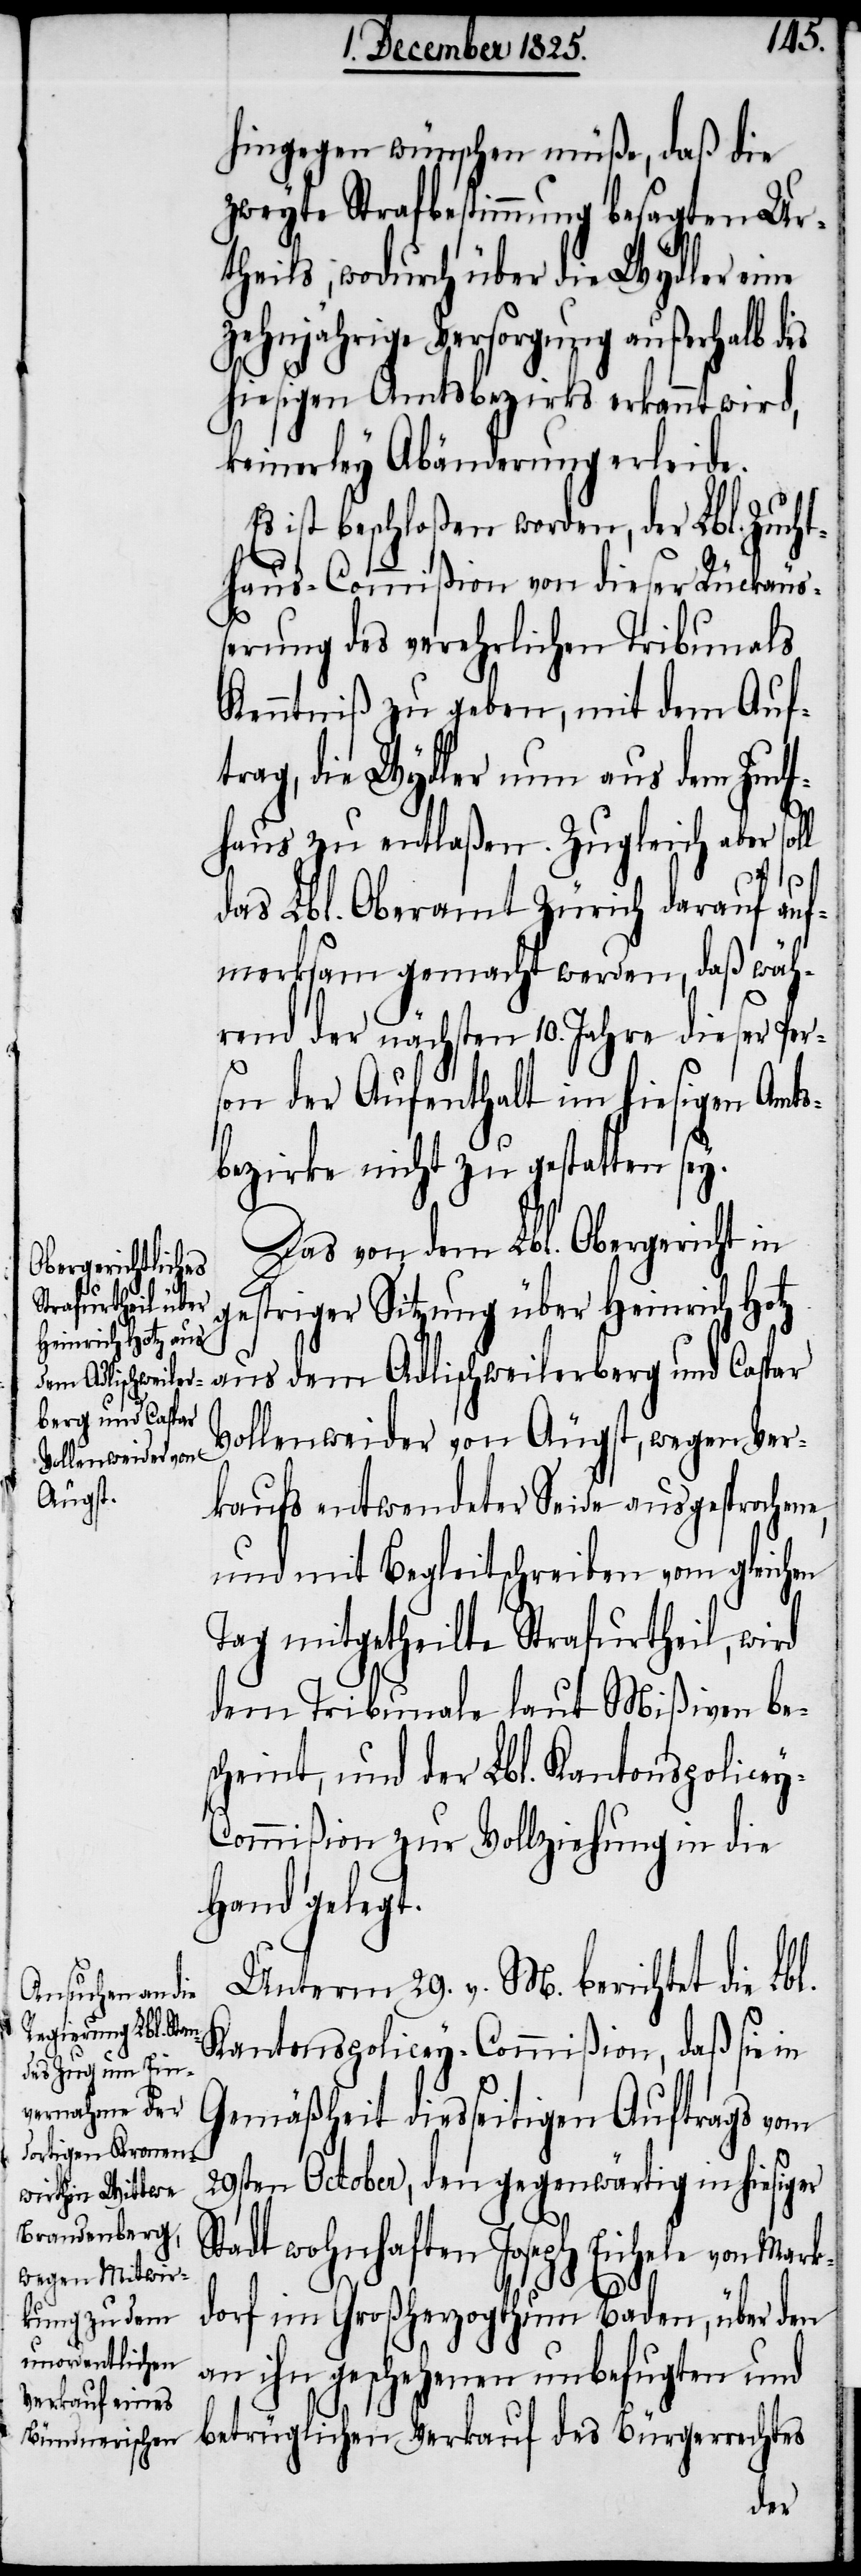
hingegen wünschen müße, daß die
zweyte Strafbestimmung besagten Ur¬
theils, wodurch über die Wydler eine
zehnjährige Versorgung außerhalb des
hiesigen Amtsbezirks erkannt wird,
keinerley Abänderung erleide.
Es ist beschloßen worden, der Lbl. Zucht¬
haus-Commißion von dieser Rückäu¬
ßerung des verehrlichen Tribunals
Kenntniß zu geben, mit dem Auf¬
trag, die Wydler nun aus dem Zucht¬
haus zu entlaßen. Zugleich aber sol¬
e,
das Lbl. Oberamt Zürich darauf auf¬
merksam gemacht werden, daß wäh¬
rend der nächsten 10. Jahre dieser Per¬
son der Aufenthalt im hiesigen Amts¬
bezirke nicht zu gestatten sey.
Das von dem Lbl. Obergerichte in
gestriger Sitzung über Heinrich Hotz
aus dem Adlischweilerberg und Caspar
Vollenweider von Äugst, wegen Ver¬
kaufs entwendeter Seide ausgesprochen¬
und mit Begleitschreiben vom gleichen
Tag mitgetheilte Strafurtheil, wird
dem Tribunale laut Mißiven be¬
scheint, und der Lbl. Kantonspolicey-C¬
ommißion zur Vollziehung in die
Hand gelegt.
Unterm 29. v. M. berichtet die Lbl.
Kantonspolicey-Commißion, daß sie in
Gemäßheit diesseitigen Auftrags vom
29sten October, den gegenwärtig in hiesiger
Stadt wohnhaften Joseph Eichele von Mark¬
dorf im Großherzogthum Baden, über den
an ihn geschehenen unbefugten und
betrüglichen Verkauf des Bürgerrechtes